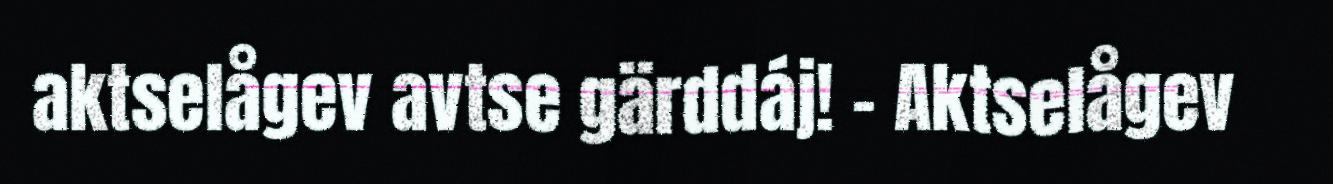
aktselågev avtse gärddáj! – Aktselågev